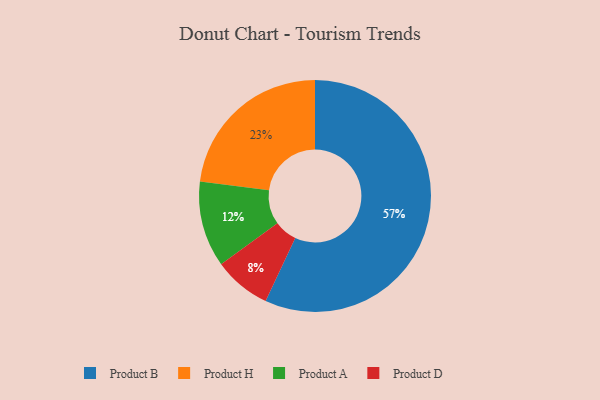
{"axis": {"x": "Category", "y": "Percentage"}, "legend": ["Product A", "Product B", "Product D", "Product H"], "data": [{"x": "Product H", "y": 23, "type": "Product H"}, {"x": "Product D", "y": 8, "type": "Product D"}, {"x": "Product B", "y": 57, "type": "Product B"}, {"x": "Product A", "y": 12, "type": "Product A"}]}